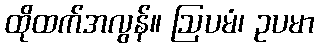
ထိုထက်အလွန်။ ဩပမံ၊ ဥပမာ